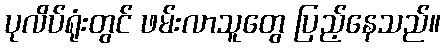
ပုလိပ်ရုံးတွင် ဖမ်းလာသူတွေ ပြည့်နေသည်။